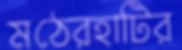
মঠেরহাটির